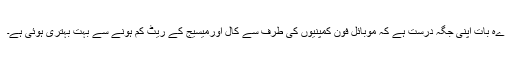
ےہ بات اپنی جگہ درست ہے کہ موبائل فون کمپنیوں کی طرف سے کال اورمیسیج کے ریٹ کم ہونے سے بہت بہتری ہوئی ہے۔